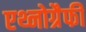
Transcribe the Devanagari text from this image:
एथ्नोग्रैफी